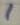
Text: 1